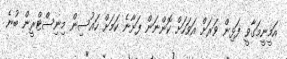
އަމީނީމަގާވީ ފަޅިން ވަރަށް އަވަހަށް ކޮންނަން ފަށާނެ ކަމަށް ހައުސިން މިނިސްޓްރީން ބުނެ